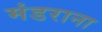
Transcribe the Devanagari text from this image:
मंडराना